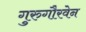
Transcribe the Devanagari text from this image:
गुरुगौरवेन